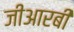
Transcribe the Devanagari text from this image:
जीआरबी